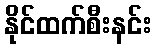
နိုင်ထက်စီးနင်း